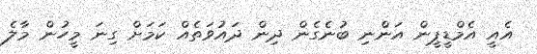
އެއީ އެމްޑީޕީން އަންނި ބުނެގެން ދިން ދައުވަތެއް ކަމަށް ގިނަ މީހުން މާލެ